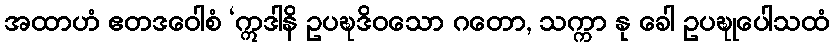
အထာဟံ ဧတဒဝေါစံ ‘ဣဒါနိ ဥပဍ္ဎဒိဝသော ဂတော, သက္ကာ နု ခေါ ဥပဍ္ဎုပေါသထံ